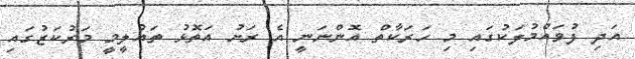
އަދި ފުވައްމުލަކުގައި މި ހަރަކާތް އޮންނަނީ އެ ރަށު އަތޮޅު ތައުލީމީ މަރުކަޒުގައި